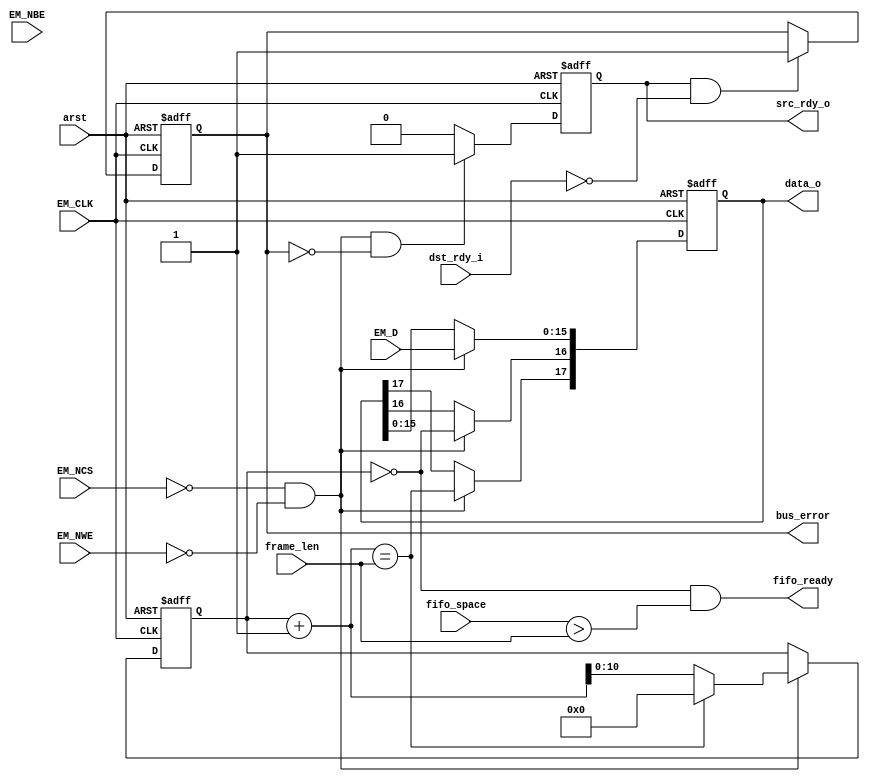

// Assumes a GPMC cycle with GPMC clock, as in the timing diagrams
//   If a packet bigger or smaller than we are told is sent, behavior is undefined.
//   If dst_rdy_i is low when we get data, behavior is undefined and we signal bus error.
//   If there is a bus error, we should be reset

module gpmc_to_fifo_sync
  (input arst,
   input EM_CLK, input [15:0] EM_D, input [1:0] EM_NBE,
   input EM_NCS, input EM_NWE,
   output reg [17:0] data_o, output reg src_rdy_o, input dst_rdy_i,
   input [15:0] frame_len, input [15:0] fifo_space, output fifo_ready, 
   output reg bus_error);
   
   reg [10:0] 	counter;
   wire 	first_write = (counter == 0);
   wire 	last_write = ((counter+1) == frame_len);
   wire 	do_write = ~EM_NCS & ~EM_NWE;
   
   always @(posedge EM_CLK or posedge arst)
     if(arst)
       data_o <= 0;
     else if(do_write)
       begin
	  data_o[15:0] <= EM_D;
	  data_o[16] <= first_write;
	  data_o[17] <= last_write;
	  //  no byte writes data_o[18] <= |EM_NBE;  // mark half full if either is not enabled  FIXME
       end

   always @(posedge EM_CLK or posedge arst)
     if(arst)
       src_rdy_o <= 0;
     else if(do_write & ~bus_error)  // Don't put junk in if there is a bus error
       src_rdy_o <= 1;
     else
       src_rdy_o <= 0;    // Assume it was taken, ignore dst_rdy_i

   always @(posedge EM_CLK or posedge arst)
     if(arst)
       counter <= 0;
     else if(do_write)
       if(last_write)
	 counter <= 0;
       else
	 counter <= counter + 1;

   assign fifo_ready = first_write & (fifo_space > frame_len);
   
   always @(posedge EM_CLK or posedge arst)
     if(arst)
       bus_error <= 0;
     else if(src_rdy_o & ~dst_rdy_i)
       bus_error <= 1;
   // must be reset to make the error go away

endmodule // gpmc_to_fifo_sync